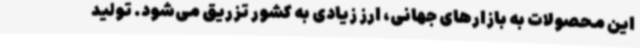
این محصولات به بازارهای جهانی، ارز زیادی به کشور تزریق می‌شود. تولید